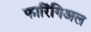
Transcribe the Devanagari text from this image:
फारिंगिअल